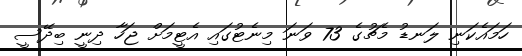
ހަމައެކަނި ލަނޑު މެޗުގެ 73 ވަނަ މިނެޓުގައި އެޓީމަށް ޖަހާ ދިނީ ބިދޭސީ